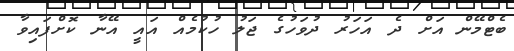
ބެޓްމޭން އަށް ދެ އަހަރު ދުވަހުގެ ޖަލު ހުކުމެއް އައީ އޭނާ ކޮށްފައިވާ